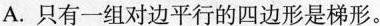
A.只有一组对边平行的四边形是梯形。